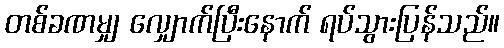
တစ်ခဏမျှ လျှောက်ပြီးနောက် ရပ်သွားပြန်သည်။